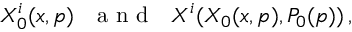
X _ { 0 } ^ { i } ( x , p ) \, \, \, \, \mathrm { ~ a ~ n ~ d ~ } \, \, \, \, X ^ { i } ( X _ { 0 } ( x , p ) , P _ { 0 } ( p ) ) \, ,